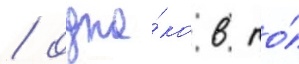
/ одна́ко в то́